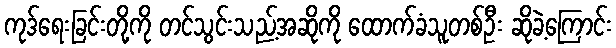
ကုဒ်ရေးခြင်းတို့ကို တင်သွင်းသည့်အဆိုကို ထောက်ခံသူတစ်ဦး ဆိုခဲ့ကြောင်း